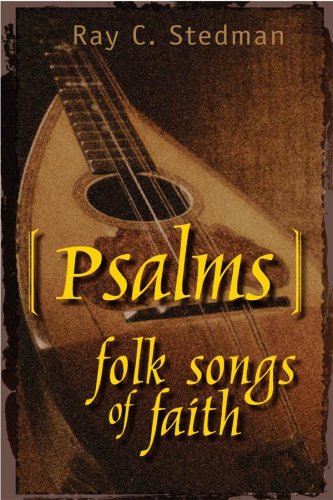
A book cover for Psalms: Folk Songs of Faith; Ray C. Stedman; Christian Books & Bibles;